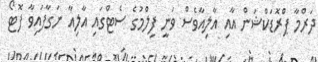
ދަރްމާ ޕްރޮޑަކްޝަން އާއި އާލިއާވެސް ވަނީ ފިލްމުގެ ސެޓްގައި އާލިއާ ނަގާފައިވާ ފޮޓޯ